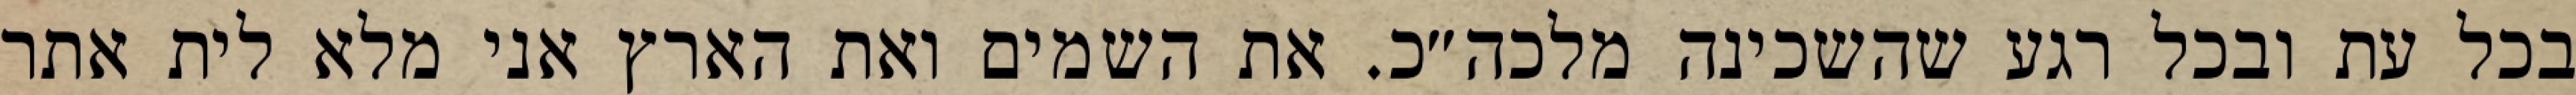
בכל עת ובכל רגע שהשכינה מלכה״כ. את השמים ואת הארץ אני מלא לית אתר